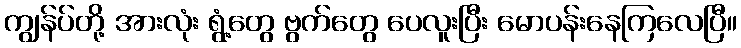
ကျွန်ပ်တို့ အားလုံး ရွံ့တွေ ဗွက်တွေ ပေလူးပြီး မောပန်းနေကြလေပြီ။